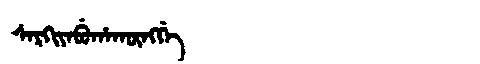
Manchu: ᠰᠠᡵᡴᡳᠶᠠᠪᡠᡥᠠᡴᡡᠩᡤᡝ
Romanization: SARKIYABUHAKŪNGGE